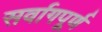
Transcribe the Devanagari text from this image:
सर्वागपूर्ण